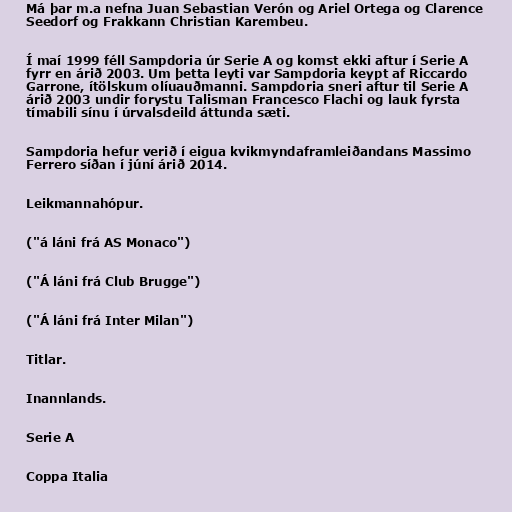
Má þar m.a nefna Juan Sebastian Verón og Ariel Ortega og Clarence
Seedorf og Frakkann Christian Karembeu.

Í maí 1999 féll Sampdoria úr Serie A og komst ekki aftur í Serie A
fyrr en árið 2003. Um þetta leyti var Sampdoria keypt af Riccardo
Garrone, ítölskum olíuauðmanni. Sampdoria sneri aftur til Serie A
árið 2003 undir forystu Talisman Francesco Flachi og lauk fyrsta
tímabili sínu í úrvalsdeild áttunda sæti.

Sampdoria hefur verið í eigua kvikmyndaframleiðandans Massimo
Ferrero síðan í júní árið 2014.

Leikmannahópur.

("á láni frá AS Monaco")

("Á láni frá Club Brugge")

("Á láni frá Inter Milan")

Titlar.

Inannlands.

Serie A

Coppa Italia